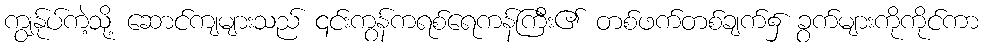
ကျွန်ုပ်ကဲ့သို့ ဆောင်ကျများသည် ၎င်းကွန်ကရစ်ရေကန်ကြီး၏ တစ်ဖက်တစ်ချက်၌ ခွက်များကိုကိုင်ကာ